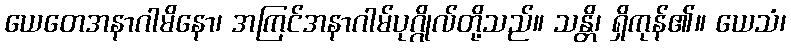
ယေတေအနာဂါမိနော၊ အကြင်အနာဂါမ်ပုဂ္ဂိုလ်တို့သည်။ သန္တိ၊ ရှိကုန်၏။ ယေသံ၊